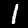
Label: 1